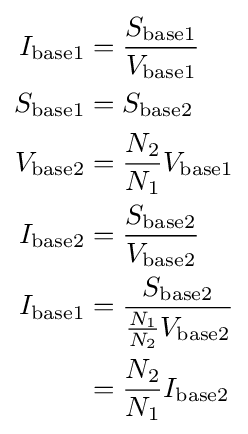
{\begin{aligned}I_{\text{base1}}&={\frac {S_{\text{base1}}}{V_{\text{base1}}}}\\S_{\text{base1}}&=S_{\text{base2}}\\V_{\text{base2}}&={\frac {N_{2}}{N_{1}}}V_{\text{base1}}\\I_{\text{base2}}&={\frac {S_{\text{base2}}}{V_{\text{base2}}}}\\I_{\text{base1}}&={\frac {S_{\text{base2}}}{{\frac {N_{1}}{N_{2}}}V_{\text{base2}}}}\\&={\frac {N_{2}}{N_{1}}}I_{\text{base2}}\\\end{aligned}}